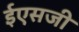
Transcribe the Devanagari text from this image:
ईएसजी